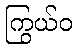
ကြွယ်ဝ